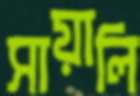
সায়ালি